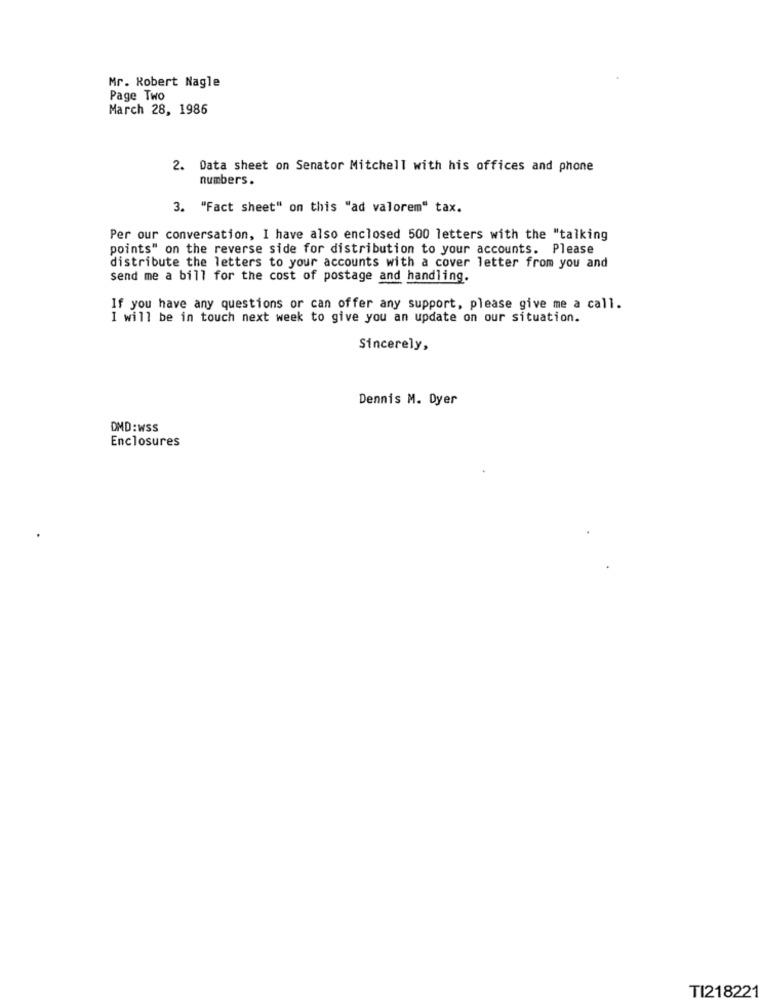
Mr. Robert Nagle
Page Two
March 28, 1986
2. Data sheet on Senator Mitchell with his offices and phone
numbers.
3. "Fact sheet" on this "ad valorem" tax.
Per our conversation, I have also enclosed 500 letters with the "talking
points" on the reverse side for distribution to your accounts. Please
distribute the letters to your accounts with a cover letter from you and
send me a bill for the cost of postage and handling.
If you have any questions or can offer any support, please give me a call.
I will be in touch next week to give you an update on our situation.
Sincerely,
Dennis M. Dyer
DMD:wSS
Enclosures
TI218221